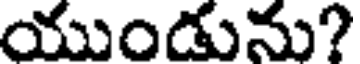
యుండును?